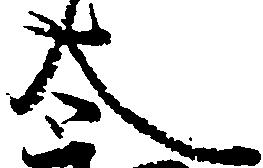
太